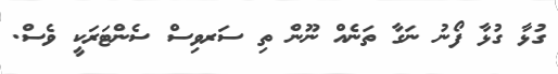
ގުޅާ ގުޅާ ފޯނު ނަގާ ތަނެއް ނޫން ތި ސަރވިސް ސެންޓަރަކީ ވެސް.